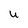
Character: U